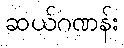
ဆယ်ဂဏန်း